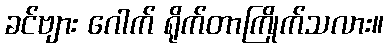
ခင်ဗျား ဂေါက် ရိုက်တာကြိုက်သလား။